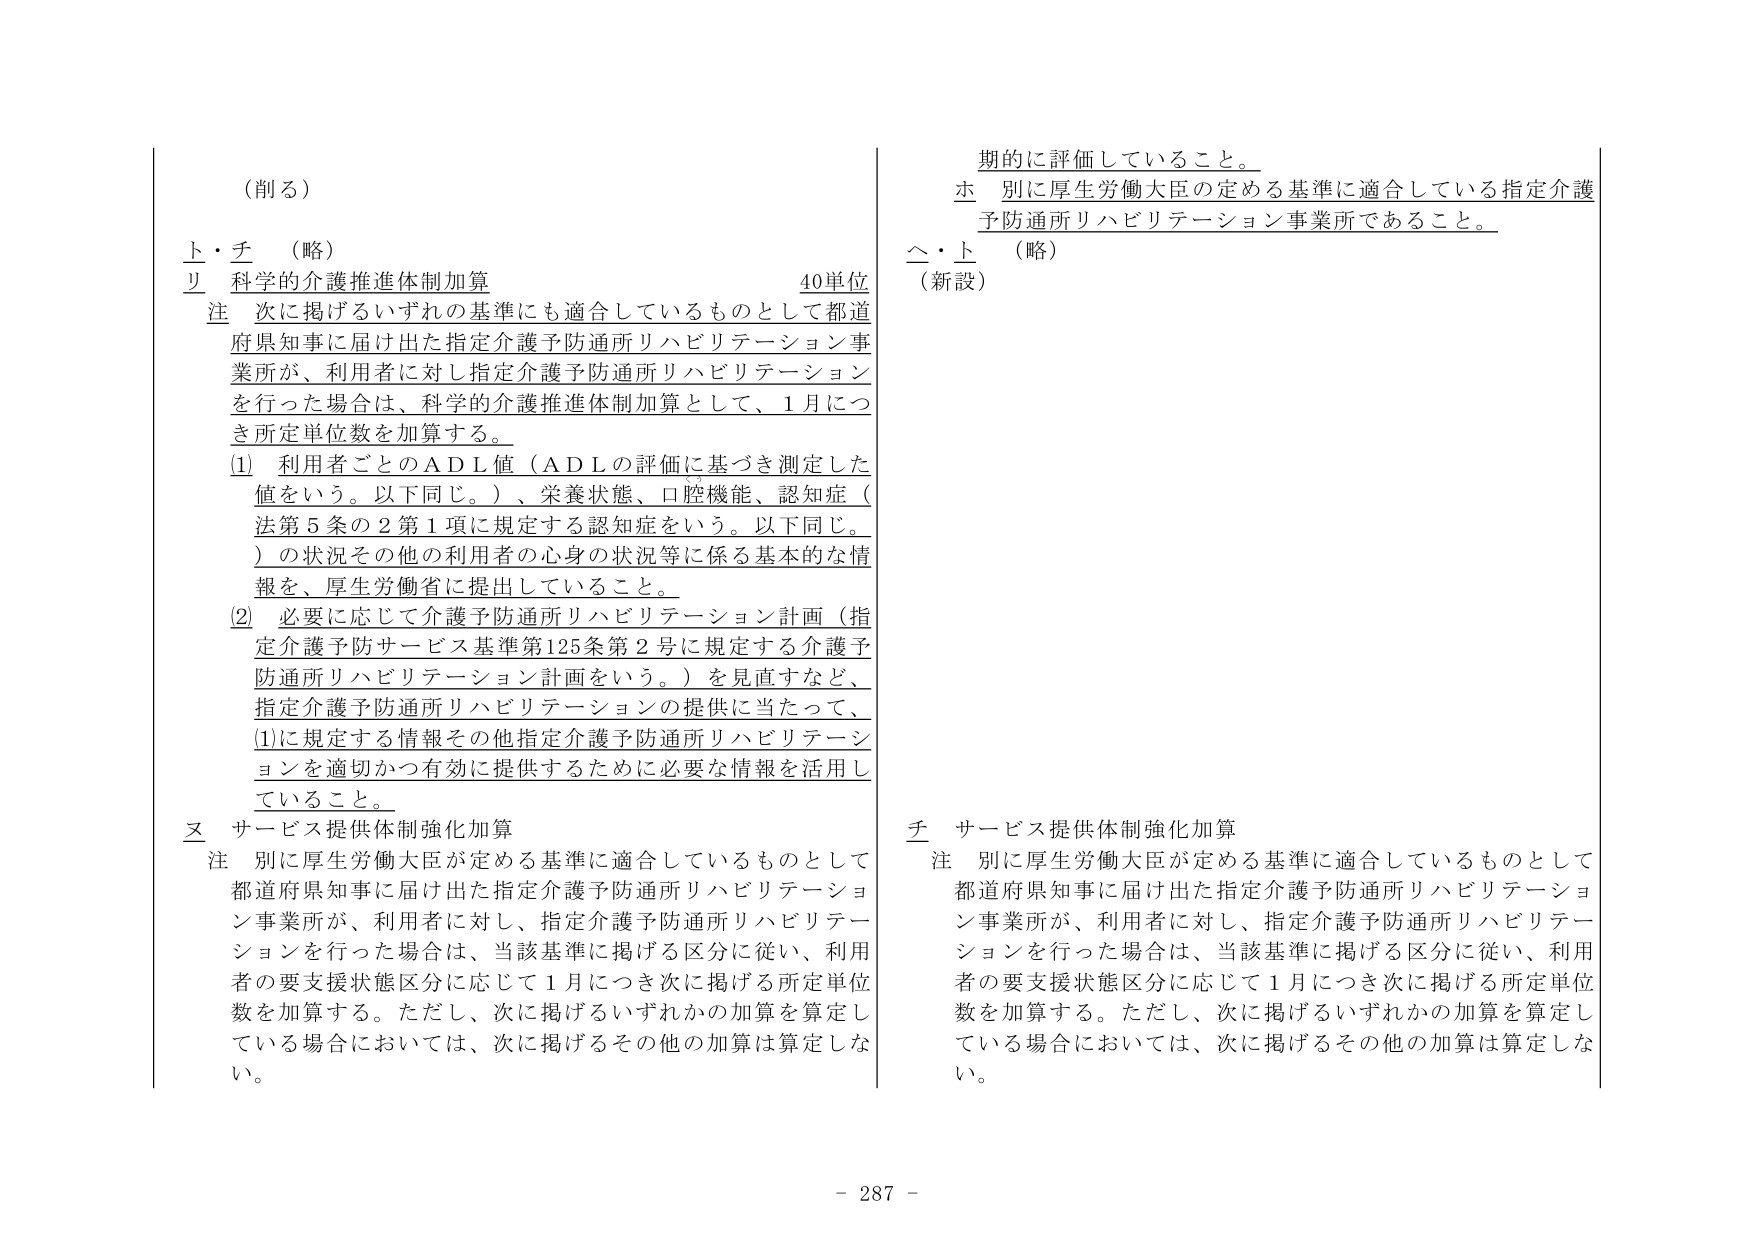
（削る）

上・チ　（略）

リ　科学的介護推進体制加算　　　　　　　　　　　40単位

注　次に掲げるいずれの基準にも適合しているものとして都道府県知事に届け出た指定介護予防通所リハビリテーション事業所が、利用者に対し指定介護予防通所リハビリテーションを行った場合は、科学的介護推進体制加算として、1月につき所定単位数を加算する。

(1)　利用者ごとのＡＤＬ値（ＡＤＬの評価に基づき測定した値をいう。以下同じ。）、栄養状態、口腔機能、認知症（法第5条の2第1項に規定する認知症をいう。以下同じ。）の状況その他利用者の心身の状況等に係る基本的な情報を、厚生労働省に提出していること。

(2)　必要に応じて介護予防通所リハビリテーション計画（指定介護予防サービス基準第125条第2号に規定する介護予防通所リハビリテーション計画をいう。）を見直すなど、指定介護予防通所リハビリテーションの提供に当たって、(1)に規定する情報その他指定介護予防通所リハビリテーションを適切かつ有効に提供するために必要な情報を活用していること。

ヌ　サービス提供体制強化加算

注　別に厚生労働大臣が定める基準に適合しているものとして都道府県知事に届け出た指定介護予防通所リハビリテーション事業所が、利用者に対し、指定介護予防通所リハビリテーションを行った場合は、当該基準に掲げる区分に従い、利用者の要支援状態区分に応じて1月につき次に掲げる所定単位数を加算する。ただし、次に掲げるいずれかの加算を算定している場合においては、次に掲げるその他の加算は算定しない。

期的に評価していること。

ホ　別に厚生労働大臣の定める基準に適合している指定介護予防通所リハビリテーション事業所であること。

△・上　（略）

（新設）

チ　サービス提供体制強化加算

注　別に厚生労働大臣が定める基準に適合しているものとして都道府県知事に届け出た指定介護予防通所リハビリテーション事業所が、利用者に対し、指定介護予防通所リハビリテーションを行った場合は、当該基準に掲げる区分に従い、利用者の要支援状態区分に応じて1月につき次に掲げる所定単位数を加算する。ただし、次に掲げるいずれかの加算を算定している場合においては、次に掲げるその他の加算は算定しない。

- 287 -